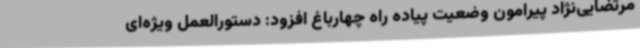
مرتضایی‌نژاد پیرامون وضعیت پیاده راه چهارباغ افزود: دستورالعمل ویژه‌ای